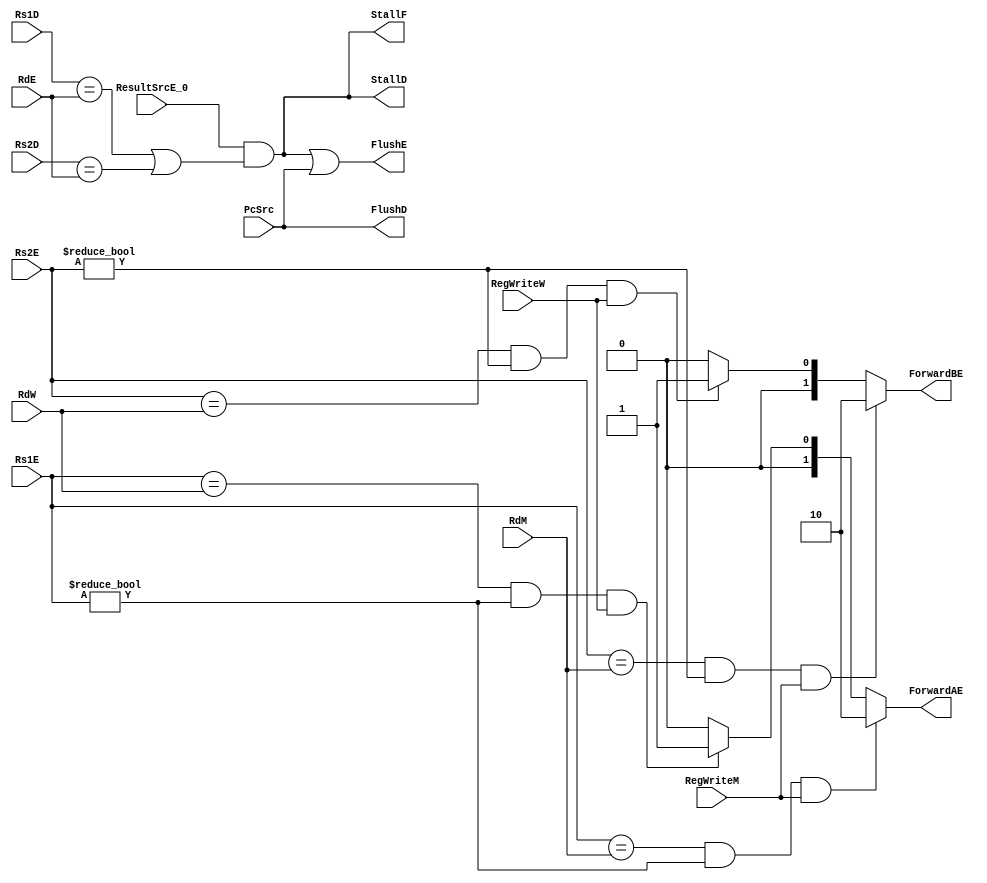
`timescale 1ns / 1ps
//////////////////////////////////////////////////////////////////////////////////
// Company: 
// Engineer: 
// 
// Design Name: 
// Module Name: Control_Hazard
// Project Name: 
// Target Devices: 
// Tool Versions: 
// Description: 
// 
// Dependencies: 
// 
// Revision:
// Revision 0.01 - File Created
// Additional Comments:
// 
//////////////////////////////////////////////////////////////////////////////////


module Control_Hazard(
input RegWriteM,RegWriteW,
input ResultSrcE_0,
input PcSrc,
input [4:0] Rs1D,Rs2D,
input [4:0] Rs1E,Rs2E,
input [4:0] RdE,RdM,RdW,
output [1:0] ForwardAE,ForwardBE,
output FlushE,StallD,StallF,FlushD
    );
    
    wire lwStall;
    
    assign ForwardAE = ( (Rs1E == RdM) & (Rs1E != 5'h0) & RegWriteM ) ? 2'b10:
                       ( (Rs1E == RdW) & (Rs1E != 5'h0) & RegWriteW ) ? 2'b01: 2'b00; 
                       
    assign ForwardBE = ( (Rs2E == RdM) & (Rs2E != 5'h0) & RegWriteM ) ? 2'b10:
                       ( (Rs2E == RdW) & (Rs2E != 5'h0) & RegWriteW ) ? 2'b01: 2'b00;    
    
    assign lwStall = ResultSrcE_0 & ((Rs1D == RdE) | (Rs2D == RdE)); 
    assign StallF = lwStall;
    assign StallD = lwStall;
    assign FlushD = PcSrc;
    assign FlushE = lwStall | PcSrc ; 
    
endmodule